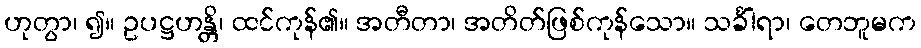
ဟုတွာ၊ ၍။ ဥပဋ္ဌဟန္တိ၊ ထင်ကုန်၏။ အတီတာ၊ အတိတ်ဖြစ်ကုန်သော။ သင်္ခါရာ၊ တေဘူမက